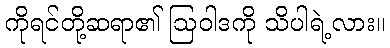
ကိုရင်တို့ဆရာ၏ ဩဝါဒကို သိပါရဲ့လား။